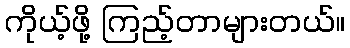
ကိုယ့်ဖို့ ကြည့်တာများတယ်။